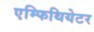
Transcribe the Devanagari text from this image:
एम्फिथियेटर